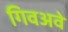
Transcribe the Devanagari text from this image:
गिवअवे